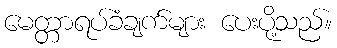
မေတ္တာရပ်ခံချက်များ ပေးပို့သည်။